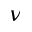
\nu